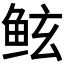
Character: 𱇢